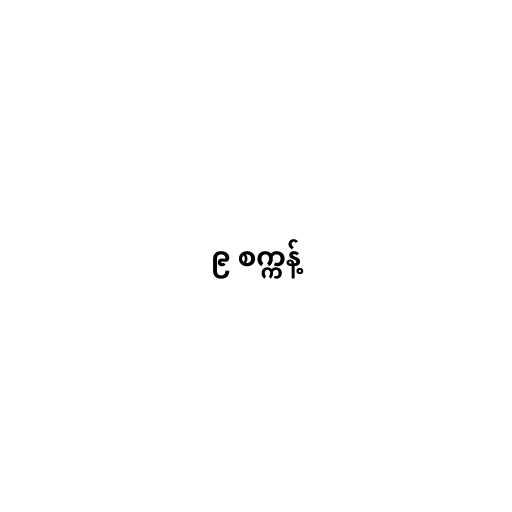
၉ စက္ကန့်